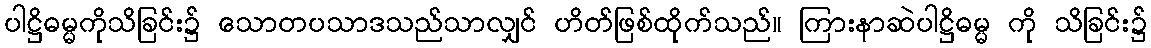
ပါဋ္ဌိဓမ္မကိုသိခြင်း၌ သောတပသာဒသည်သာလျှင် ဟိတ်ဖြစ်ထိုက်သည်။ ကြားနာဆဲပါဋ္ဌိဓမ္မ ကို သိခြင်း၌